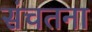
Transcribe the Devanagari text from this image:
संचतना